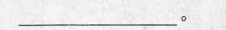
___。